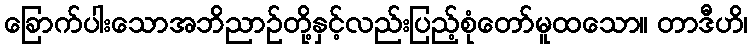
ခြောက်ပါးသောအဘိညာဉ်တို့နှင့်လည်းပြည့်စုံတော်မူထသော။ တာဒီဟိ၊